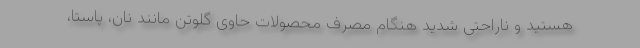
هستید و ناراحتی شدید هنگام مصرف محصولات حاوی گلوتن مانند نان، پاستا،